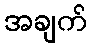
အချက်